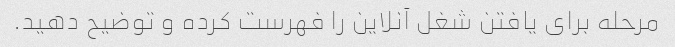
مرحله برای یافتن شغل آنلاین را فهرست کرده و توضیح دهید.